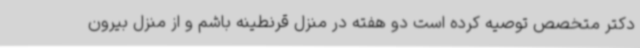
دکتر متخصص توصیه کرده است دو هفته در منزل قرنطینه باشم و از منزل بیرون